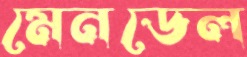
মেনডেল